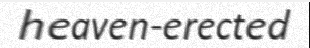
heaven-erected